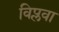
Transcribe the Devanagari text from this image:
विप्लवा